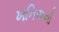
ખનિજનો